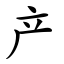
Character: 产